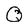
Character: Q